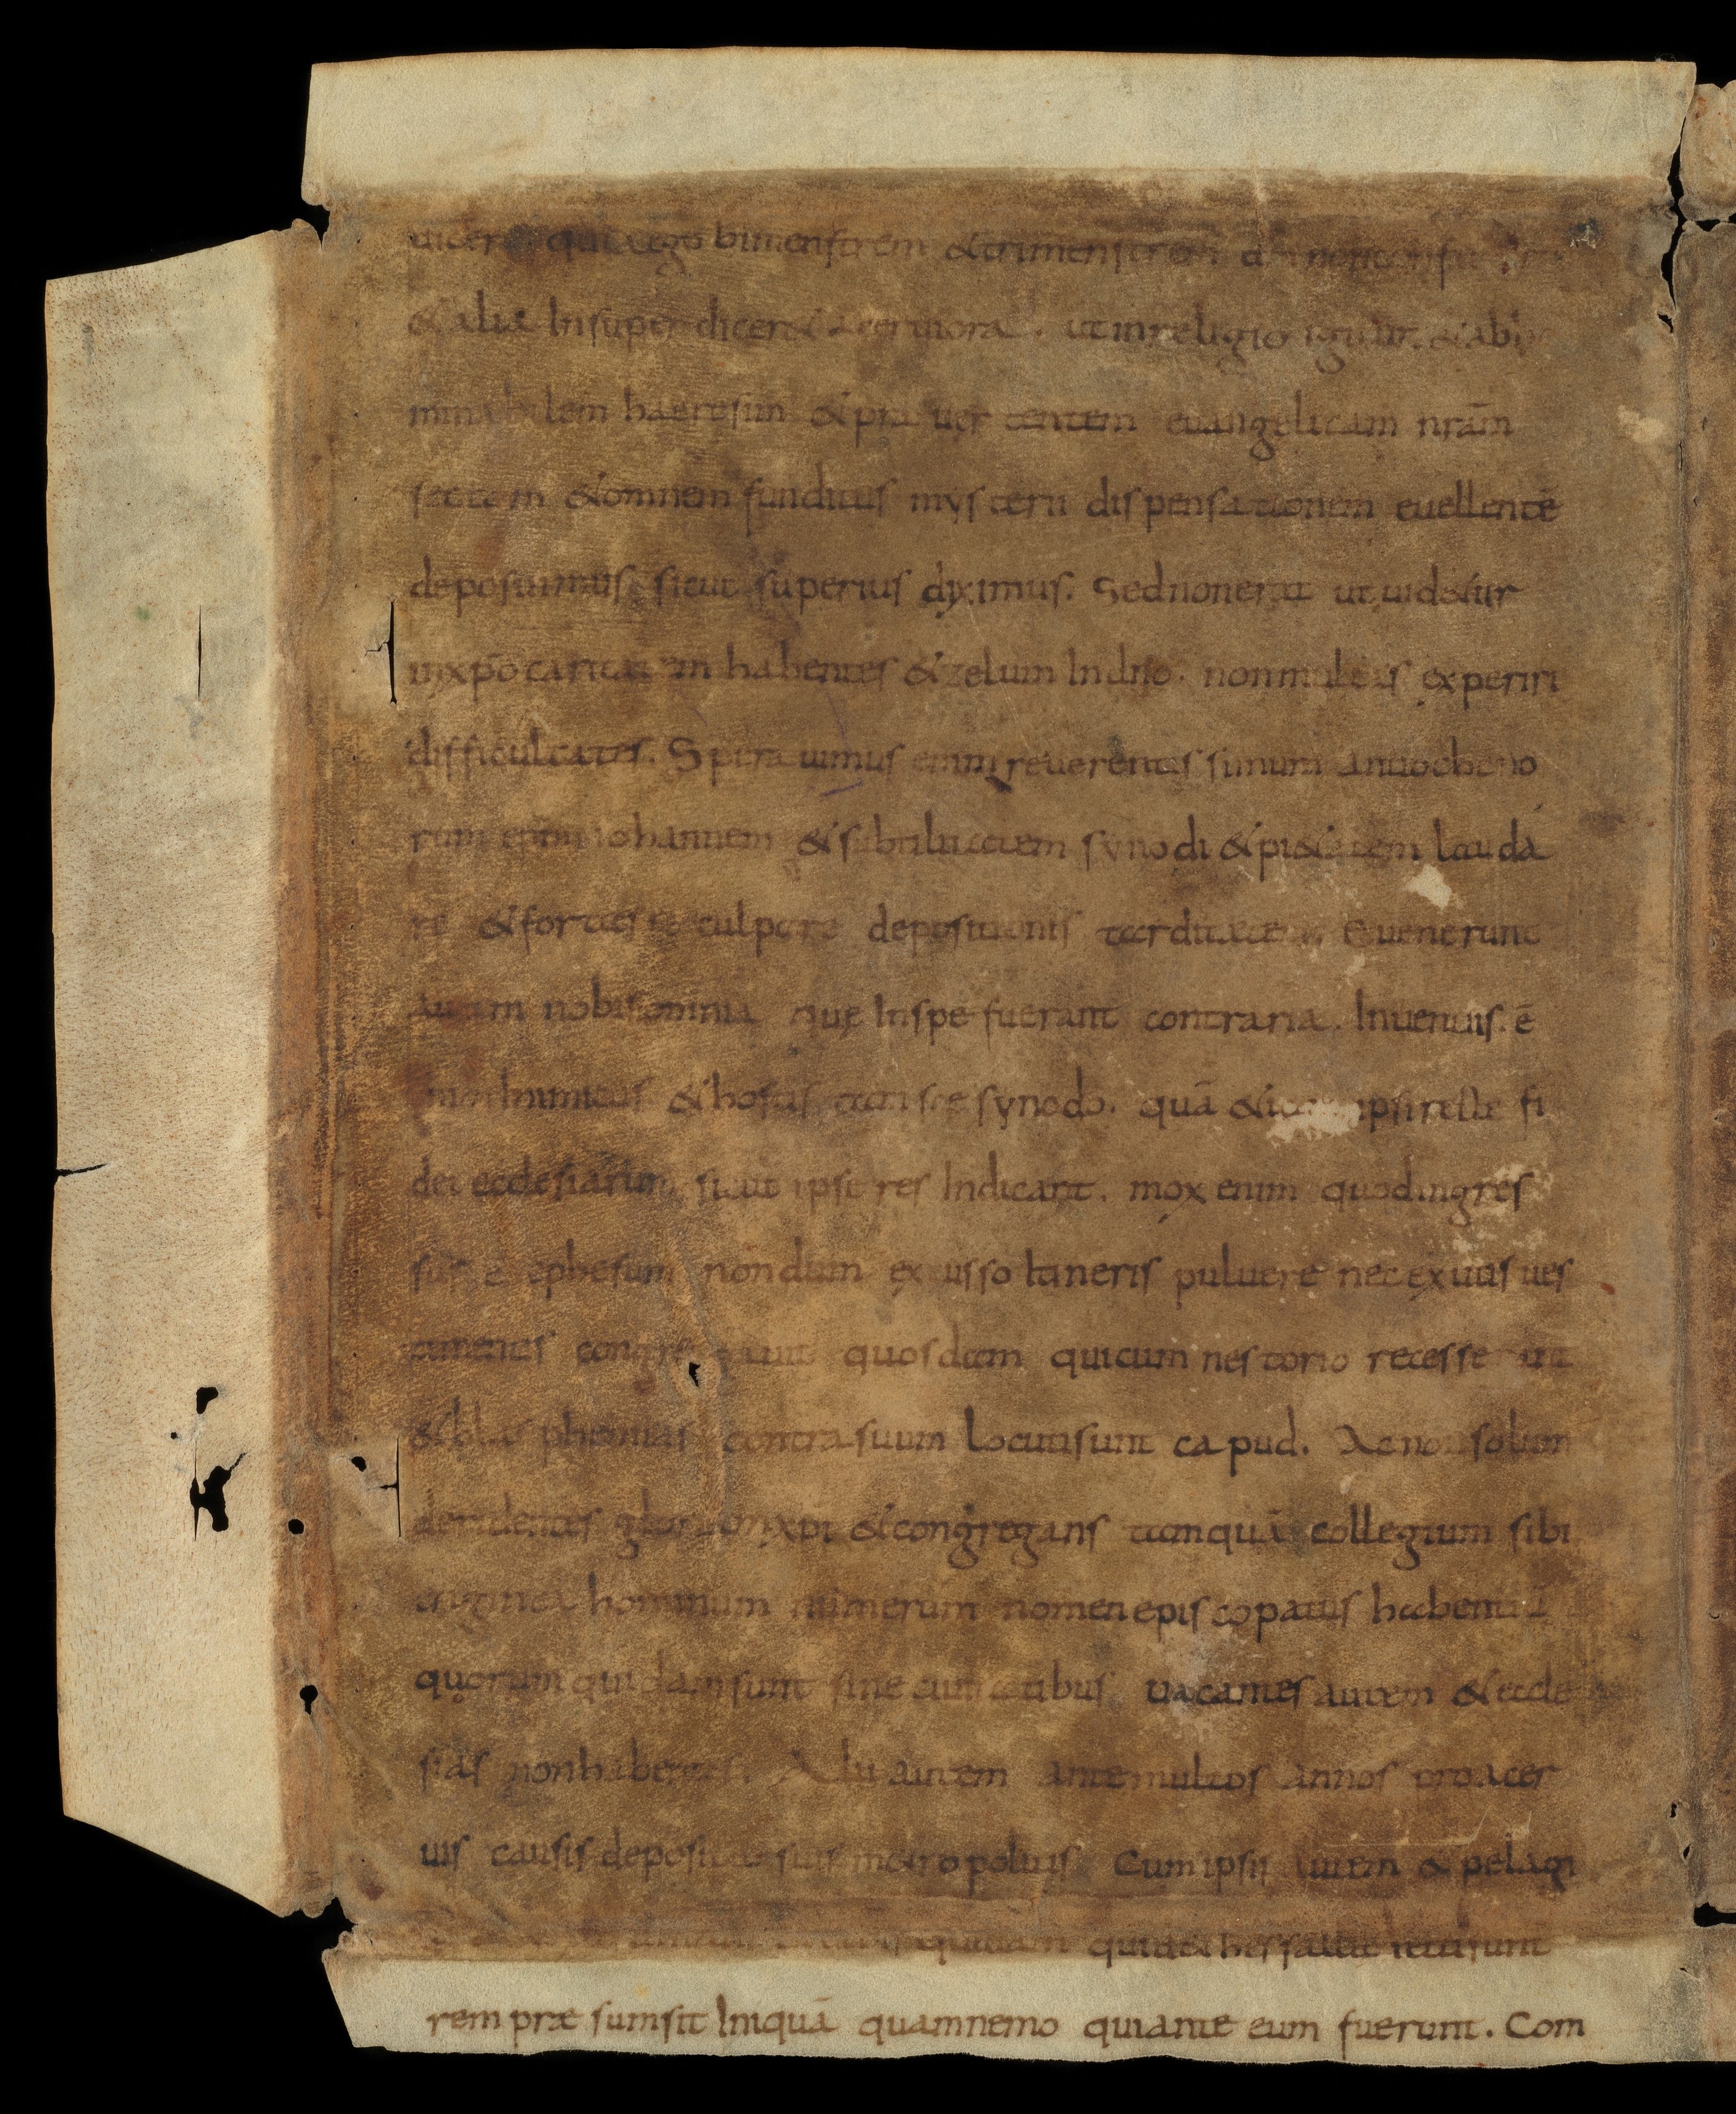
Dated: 834–865